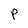
Character: P